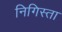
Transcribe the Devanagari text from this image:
निगिस्ता